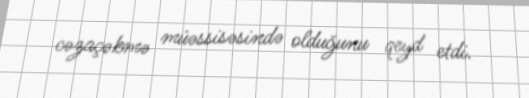
cəzaçəkmə müəssisəsində olduğunu qeyd etdi.